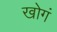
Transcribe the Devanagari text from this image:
खोगं